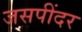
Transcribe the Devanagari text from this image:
जसपींदर